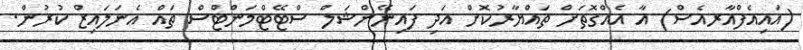
(އައިއެފްއާރއެސް) އާ އެއްގޮތަށް ތައްޔާރުކޮށް އަދި ފައިނޭންޝަލް ސްޓޭޓްމަންޓްސް ތައް އެނަލައިޒް ކުރުން.